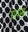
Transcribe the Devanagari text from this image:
रायम्स